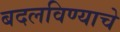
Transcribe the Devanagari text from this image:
बदलविण्याचे